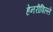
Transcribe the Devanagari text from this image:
हेनरीविल्ले